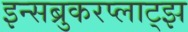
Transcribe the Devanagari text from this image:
इन्सब्रुकरप्लाट्झ